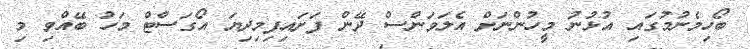
ބޯހިމެނުމުގައި އުޅުނު މީހުންނަށް އެލަވަންސް ދޭން ފަށައިފިމިދިޔަ އޯގަސްޓް މަހު ބޭއްވި މި